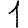
Digit: 1